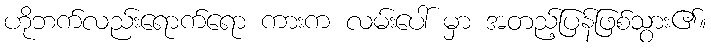
ဟိုဘက်လည်းရောက်ရော ကားက လမ်းပေါ် မှာ အတည့်ပြန်ဖြစ်သွား၏။